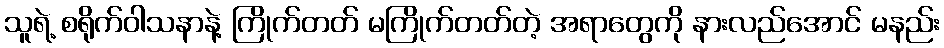
သူရဲ့ စရိုက်ဝါသနာနဲ့ ကြိုက်တတ် မကြိုက်တတ်တဲ့ အရာတွေကို နားလည်အောင် မနည်း